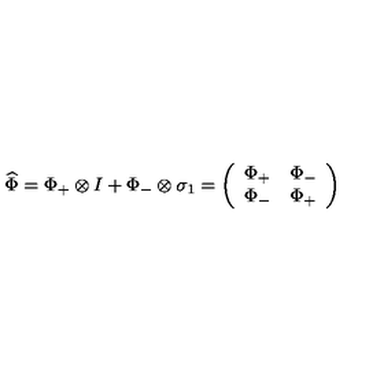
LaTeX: \widehat { \Phi } = \Phi _ { + } \otimes I + \Phi _ { - } \otimes \sigma _ { 1 } = \left( \begin{array} { c c } { \Phi _ { + } } & { \Phi _ { - } } \\ { \Phi _ { - } } & { \Phi _ { + } } \\ \end{array} \right)